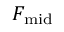
F _ { \mathrm { m i d } }